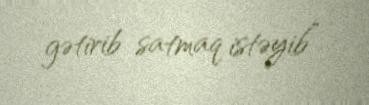
gətirib satmaq istəyib”.